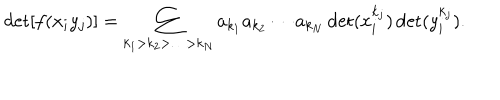
LaTeX: \det [ f ( x _ { i } y _ { j } ) ] = \sum _ { k _ { 1 } > k _ { 2 } > \ldots > k _ { N } } a _ { k _ { 1 } } a _ { k _ { 2 } } \cdots a _ { k _ { N } } \det ( x _ { i } ^ { k _ { j } } ) \det ( y _ { i } ^ { k _ { j } } ) .